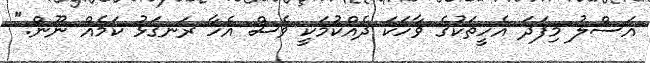
އަސްލު މިފަދަ އެހީތަކުގެ ވާހަކަ ދެއްކުމަކީ ވެސް އެހާ ރަނގަޅު ކަމެއް ނޫން."